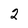
Character: 2